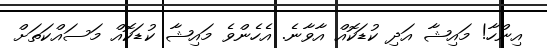
އިންހާ! މައިޝާ އަދި ކުޑަކޮއް އާވާނެ. އެހެންވެ މައިޝާ ކުޑަކޮއް މަސައްކަތަށް